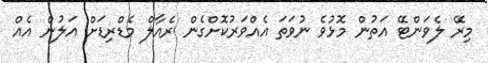
މިރޭ ލެވަންޓޭ އަތުން މޮޅުވެ ނުވަތަ އެއްވަރުކޮށްގެން ރެއާލް މެޑްރިޑަށް އަލުން އެއް